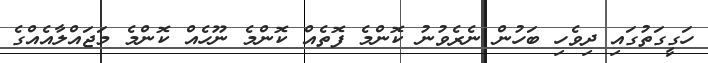
ހަގީގަތުގައި ދިވެހި ބަހުން ނެރެވުނު ކޮންމެ ފޮތެއް ކޮންމެ ނޫހެއް ކޮންމެ މަޖައްލާއެއްގެ